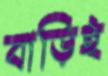
বাড়িই